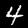
Digit: 4